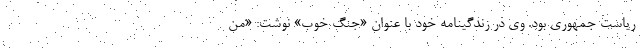
ریاست جمهوری بود. وی در زندگینامه خود با عنوان «جنگ خوب» نوشت: «من